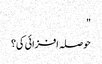
"
حوصلہ افزائی کی؟